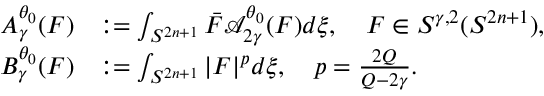
\begin{array} { r l } { A _ { \gamma } ^ { \theta _ { 0 } } ( F ) } & { : = \int _ { S ^ { 2 n + 1 } } \bar { F } \mathcal { A } _ { 2 \gamma } ^ { \theta _ { 0 } } ( F ) d \xi , \quad F \in S ^ { \gamma , 2 } ( S ^ { 2 n + 1 } ) , } \\ { B _ { \gamma } ^ { \theta _ { 0 } } ( F ) } & { : = \int _ { S ^ { 2 n + 1 } } | F | ^ { p } d \xi , \quad p = \frac { 2 Q } { Q - 2 \gamma } . } \end{array}